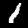
Digit: 1